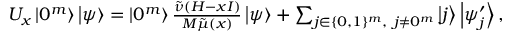
\begin{array} { r } { U _ { x } \left| 0 ^ { m } \right\rangle \left| \psi \right\rangle = \left| 0 ^ { m } \right\rangle \frac { \tilde { \nu } ( H - x I ) } { M \tilde { \mu } ( x ) } \left| \psi \right\rangle + \sum _ { j \in \{ 0 , 1 \} ^ { m } , ~ j \neq 0 ^ { m } } \left| j \right\rangle \left| \psi _ { j } ^ { \prime } \right\rangle , } \end{array}